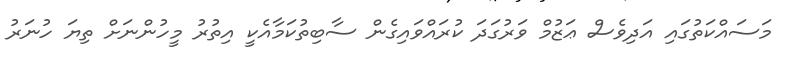
މަސައްކަތުގައި އަދިވެސް ޢަޒުމް ވަރުގަދަ ކުރައްވައިގެން ސާބިތުކަމާއެކީ އިތުރު މީހުންނަށް ތިޔަ ހުނަރު